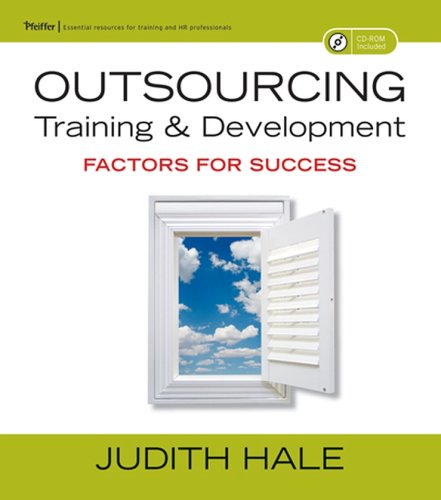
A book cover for Outsourcing Training and Development: Factors for Success; Judith Hale; Business & Money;